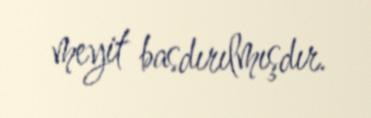
meyit basdırılmışdır.